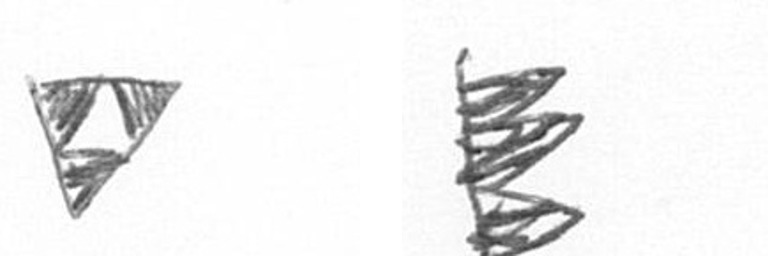
S H